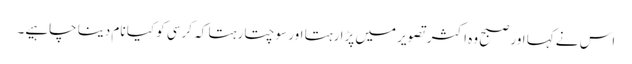
اس نے کہا اور صبح وہ اکثر تصویر میں پڑا رہتا اور سوچتا رہتا کہ کرسی کو کیا نام دینا چاہیے۔